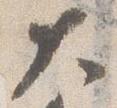
大